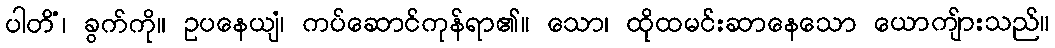
ပါတိံ၊ ခွက်ကို။ ဥပနေယျံ၊ ကပ်ဆောင်ကုန်ရာ၏။ သော၊ ထိုထမင်းဆာနေသော ယောကျ်ားသည်။